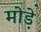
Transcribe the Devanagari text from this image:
मोडे़ं